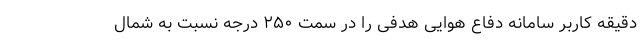
دقیقه کاربر سامانه دفاع هوایی هدفی را در سمت ۲۵۰ درجه نسبت به شمال